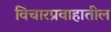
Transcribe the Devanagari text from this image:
विचारप्रवाहातील